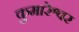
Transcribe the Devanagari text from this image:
कुमारेश्वर